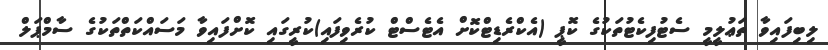
ލިބިފައިވާ ތަޢުލީމީ ސެޓުފިކެޓުތަކުގެ ކޮޕީ (އެކްރެޑިޓްކޮށް އެޓެސްޓް ކުރެވިފައި)ކުރީގައި ކޮށްފައިވާ މަސައްކަތްތަކުގެ ސާމްޕަލް